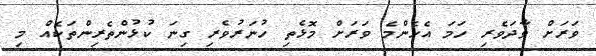
ވަރަށް ވާދަވެރި ހަމަ އެހެންމެ ވަރަށް މޮޅެތި ހުނަރުވެރި ގިނަ ކުޅުންތެރިންތަކެއް މި